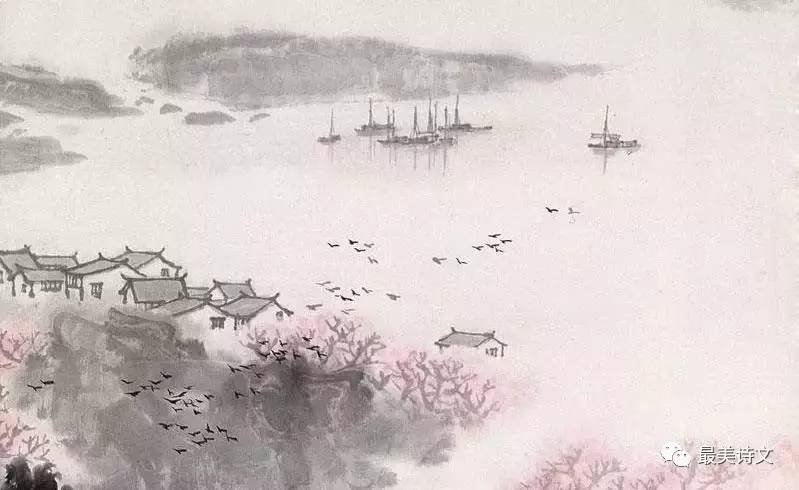
可堪孤馆闭春寒，杜鹃声里斜阳暮。